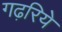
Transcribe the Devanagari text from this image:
गढ़रिये